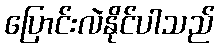
ပြောင်းလဲနိုင်ပါသည်